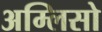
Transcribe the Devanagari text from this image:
अम्लिसो